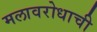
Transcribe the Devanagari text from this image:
मलावरोधाची